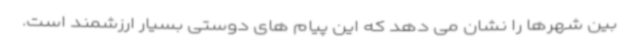
بین شهرها را نشان می دهد که این پیام های دوستی بسیار ارزشمند است.